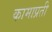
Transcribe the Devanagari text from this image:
कामाप्रती